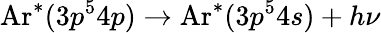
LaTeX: \mathrm{Ar}^{*}(3p^{5}4p)\rightarrow\mathrm{Ar}^{*}(3p^{5}4s)+h\nu